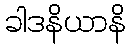
ခါဒနိယာနိ